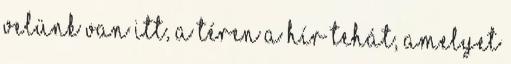
velünk van itt, a téren A hír tehát, amelyet